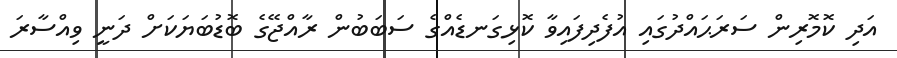
އަދި ކޮމޮރިން ސަރަޙައްދުގައި އުފެދިފައިވާ ކޮޅިގަނޑެއްގެ ސަބަބުން ރާއްޖޭގެ ބޮޑުބަޔަކަށް ދަނީ ވިއްސާރަ